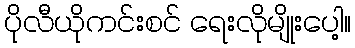
ပိုလီယိုကင်းစင် ရေးလိုမျိုးပေါ့။